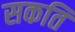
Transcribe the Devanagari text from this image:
सकति